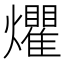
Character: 爠